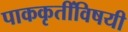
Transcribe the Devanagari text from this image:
पाककृतींविषयी